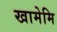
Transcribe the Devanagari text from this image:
खामेमि